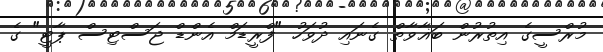
މުރްސީގެ އިތުރުން ބަޣާވާތް ގެނައި ދުވަހު "ފްރީޑަމް އެންޑް ޖަސްޓިސް ޕާޓީ" ގެ